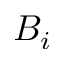
B _ { i }